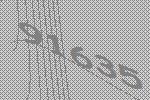
91635